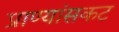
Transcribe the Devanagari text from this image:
प्राण्यांसकट